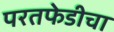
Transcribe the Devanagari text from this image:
परतफेडीचा